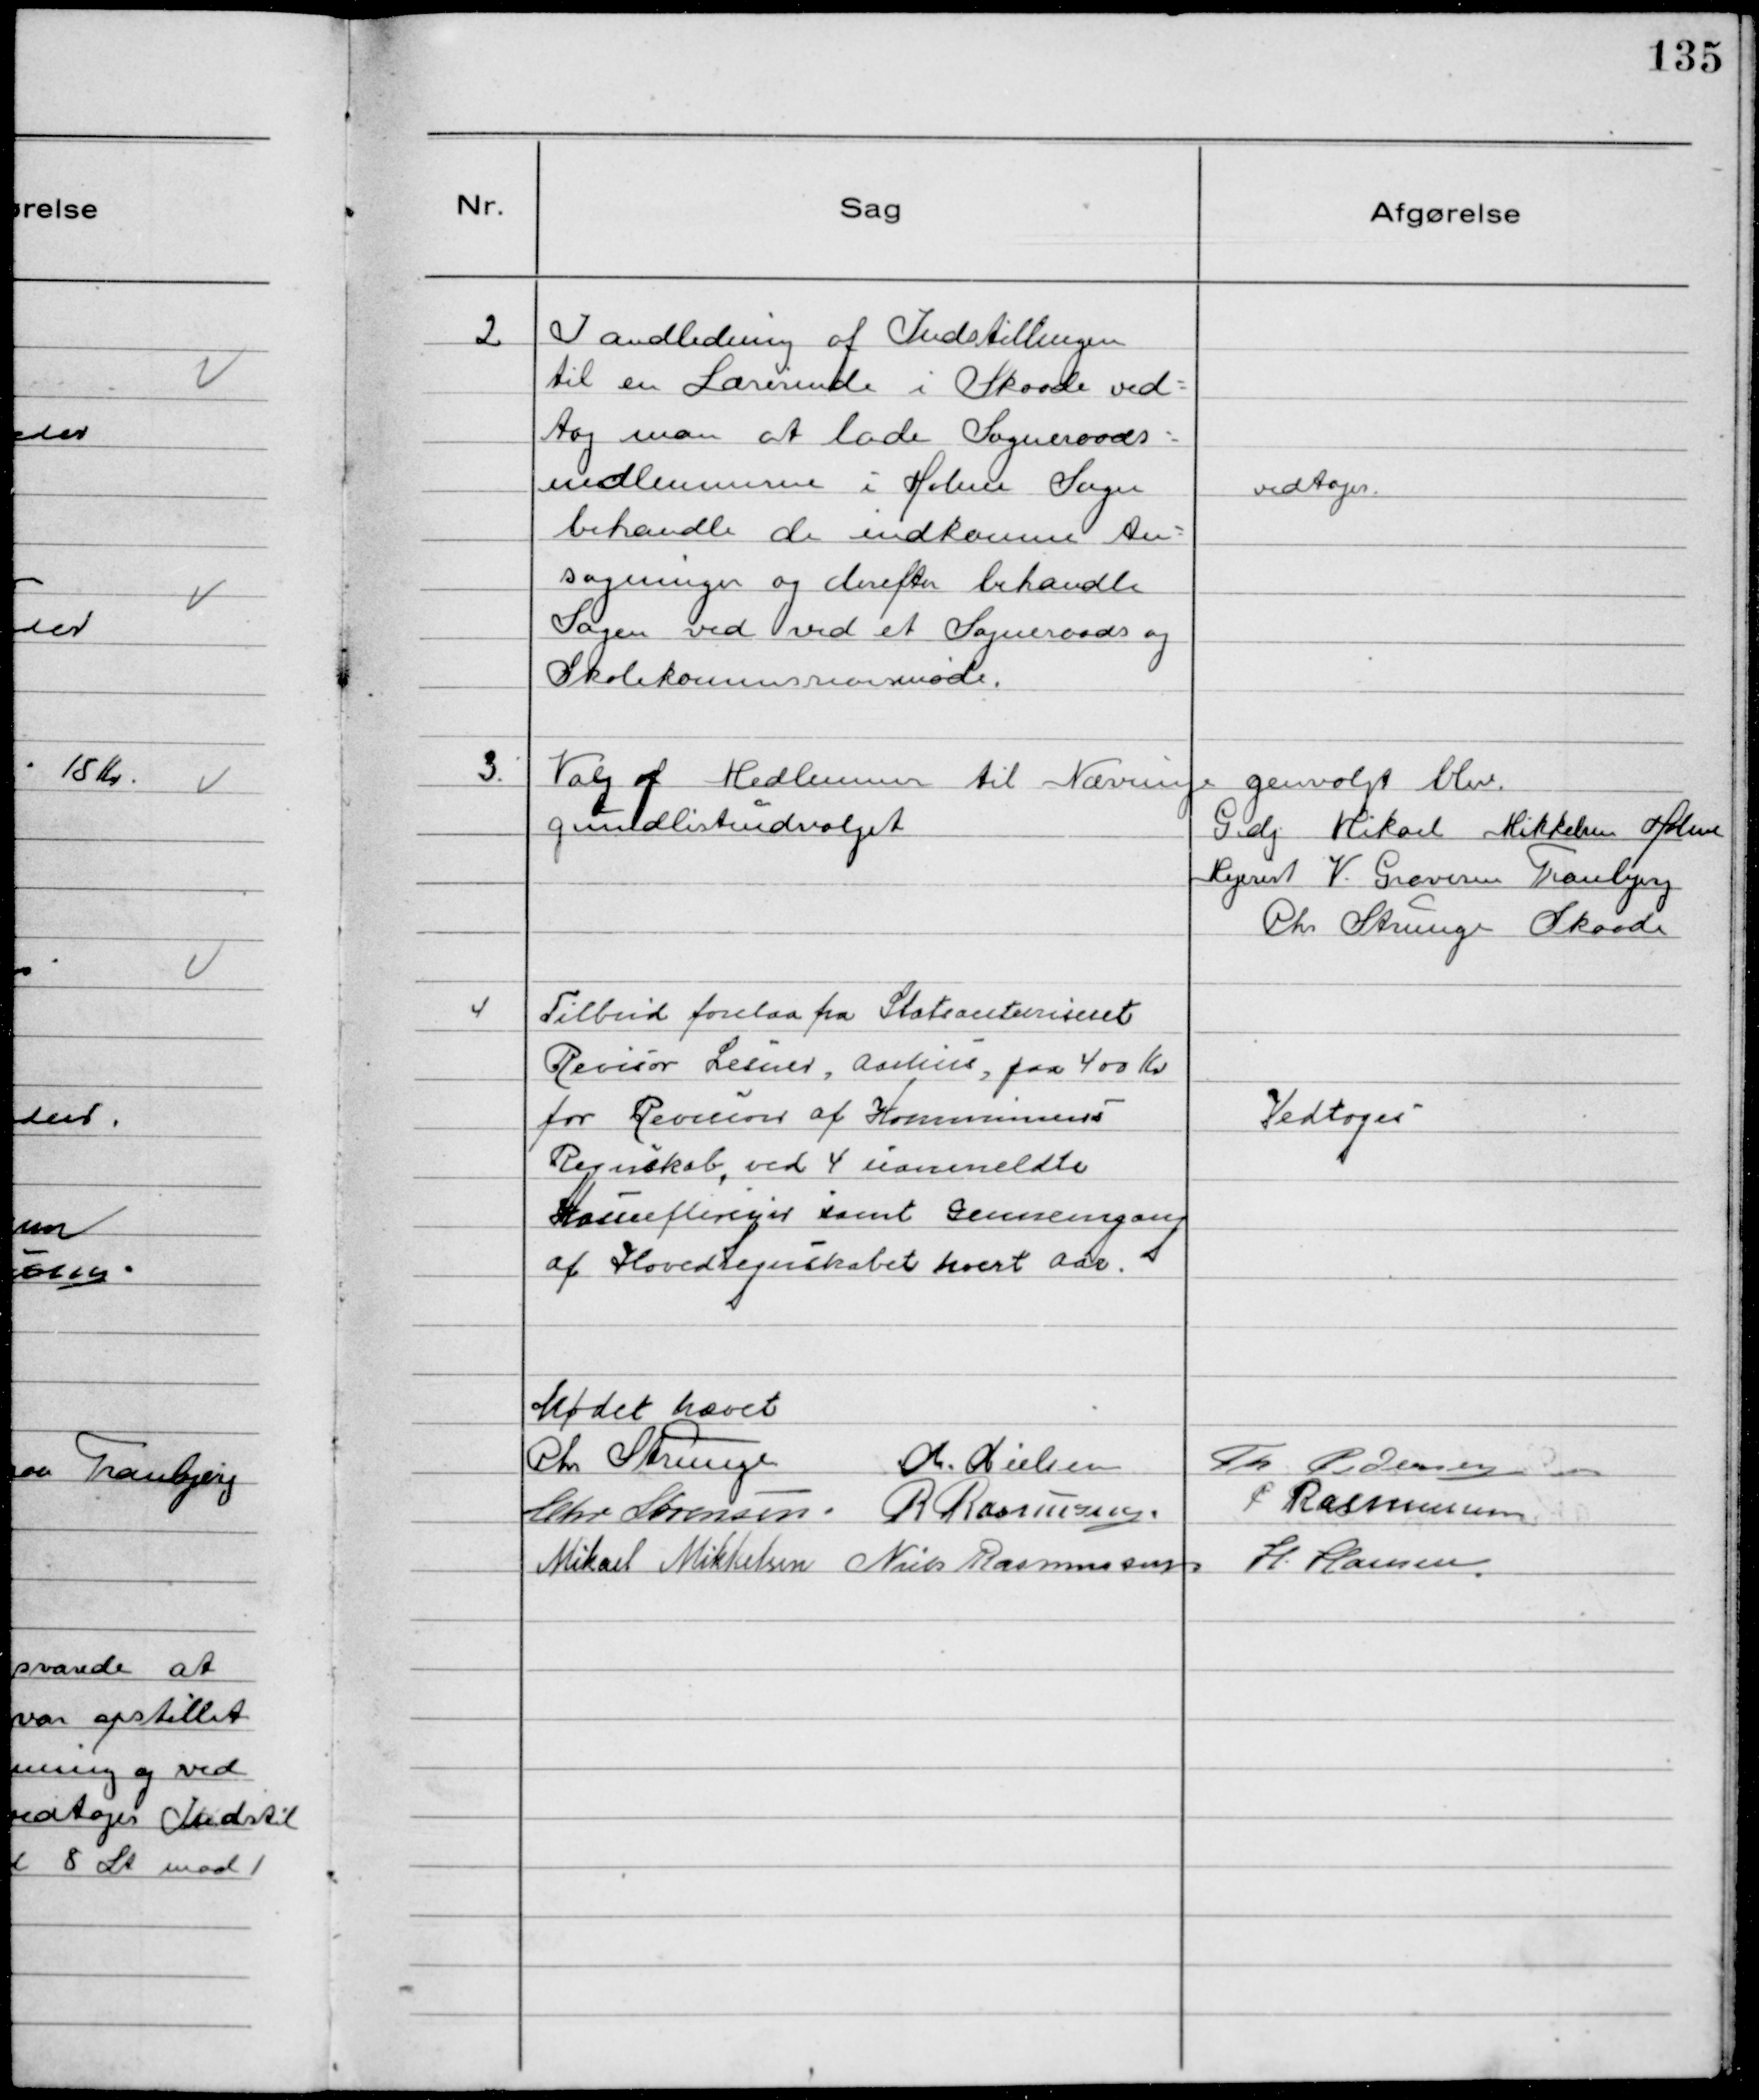
Transskription:
2
I Andledning af Indstillingen
til en Lærerinde i Skaade ved-
tog man at lade Sogneraads-
medlemmerne i Holme Sogn
behandle de indkomne An-
søgninger og derefter behandle
Sagen ved ved et Sogneraads og
Skolekommissionsmøde.

vedtoges.

3.
Valg af Medlemmer til Nævninge
grundlisteudvalget

genvalgt blev
Gdj Mikael Mikkelsen Holme
Mejerist V. Grevesen Tranbjerg
Chr Strunge Skaade

4
Tilbud forelaa fra Statsautoriseret
Revisor Lesner, Aarhus, paa 400 Kr.
for Revision af Kommunens
Regnskab, ved 4 uanmeldte
Kasseeftersyn samt Gennemgang
af Hovedregnskabet hvert Aar.

Vedtoges

Mødet hævet
Chr Strunge
Chr. Nielsen
Th Pedersen
Chr Sørensen. R Rasmussen.
P Rasmussen
Mikael Mikkelsen Niels Rasmussen
H. Hansen.